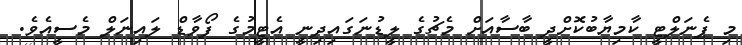
މި ޕެނަލްޓީ ކާމިޔާބުކޮށްދީ ބާސާއަށް މެޗުގެ ލީޑުނަގައިދިނީ އެޓީމުގެ ފޯވާޑް ލައިނަލް މެސީއެވެ.